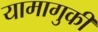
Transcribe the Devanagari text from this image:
यामागुकी